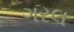
ગરલ